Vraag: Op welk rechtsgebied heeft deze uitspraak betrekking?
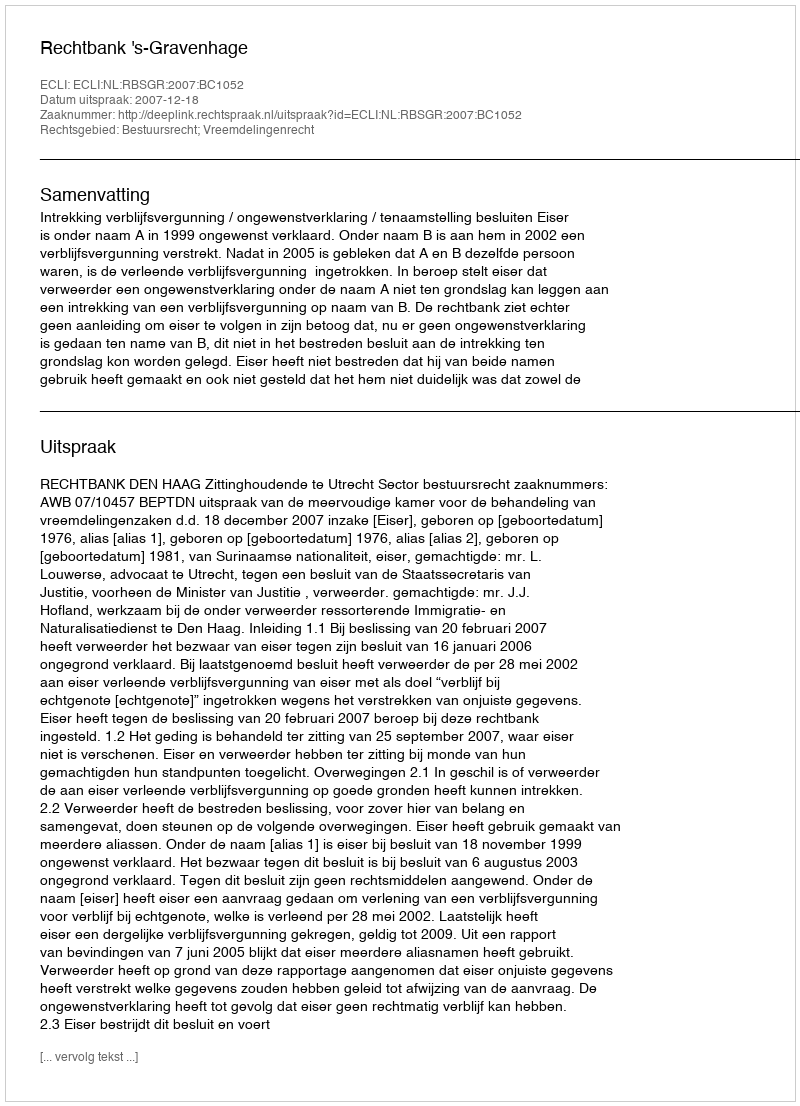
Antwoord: Bestuursrecht; Vreemdelingenrecht